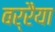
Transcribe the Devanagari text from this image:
बर्रैया